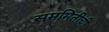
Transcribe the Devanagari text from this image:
सममितीची